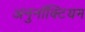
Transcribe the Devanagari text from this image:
अनुनॉक्टियम